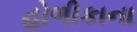
હોળીકાના